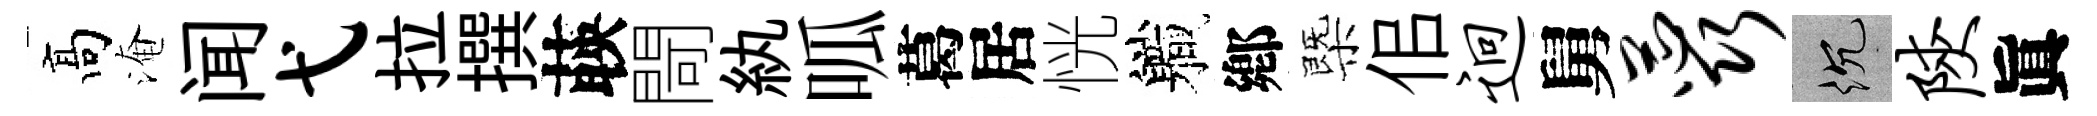
髙淹闻弋拉撰𦴤閜紈呱葛居恍軄鄕㮣佀迥舅蕊沉陕眞